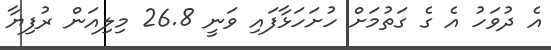
އެ ދުވަހު އެ ގެ ގަތުމަށް ހުށަހަޅާފައި ވަނީ 26.8 މިލިއަން ރުފިޔާ